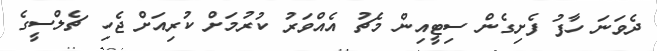
ދެވަނަ ހާފު ފެށިގެން ސިޓީއިން މެޗު އެއްވަރު ކުރުމަށް ކުރިއަށް ޖެހި ޗެލްސީގެ